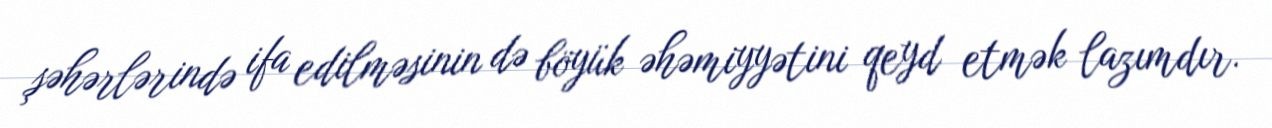
şəhərlərində ifa edilməsinin də böyük əhəmiyyətini qeyd etmək lazımdır.